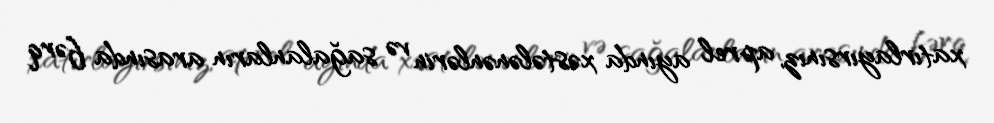
xatırlayırsınız, aprel ayında xəstələnənlərin və sağalanların arasında fərq